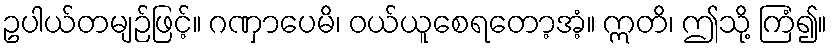
ဥပါယ်တမျဉ်ဖြင့်။ ဂဏှာပေမိ၊ ဝယ်ယူစေရတော့အံ့။ ဣတိ၊ ဤသို့ ကြံ၍။